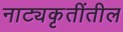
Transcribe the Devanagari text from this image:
नाट्यकृतींतील